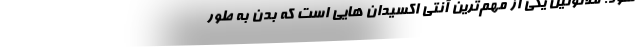
شود. ملاتونین یکی از مهم‌ترین آنتی اکسیدان هایی است که بدن به طور